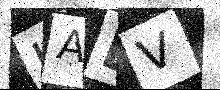
Text: LAEV